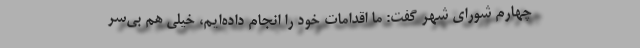
چهارم شورای شهر گفت: ما اقدامات خود را انجام داده‌ایم، خیلی هم بی‌سر